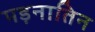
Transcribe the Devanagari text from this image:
पड़नातिन